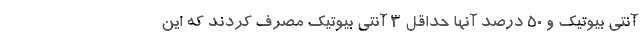
آنتی بیوتیک و ۵۰ درصد آنها حداقل ۳ آنتی بیوتیک مصرف کردند که این